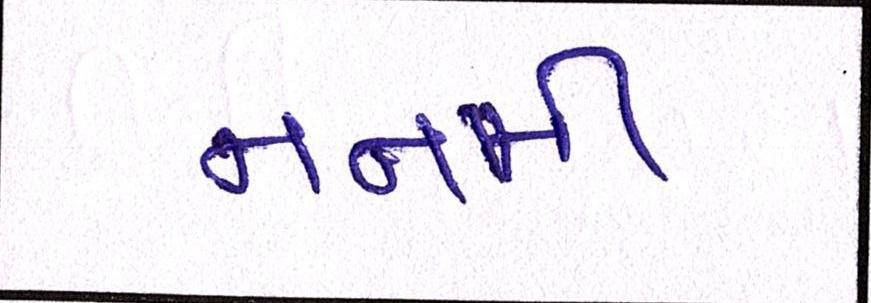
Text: નનામી